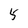
Character: 5